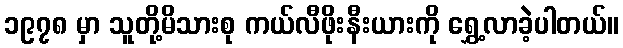
၁၉၇၈ မှာ သူတို့မိသားစု ကယ်လီဖိုးနီးယားကို ရွှေ့လာခဲ့ပါတယ်။